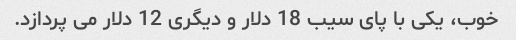
خوب، یکی با پای سیب 18 دلار و دیگری 12 دلار می پردازد.